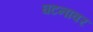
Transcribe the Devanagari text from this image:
घटनावर